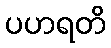
ပဟရတိ